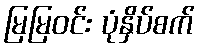
မြမြဝင်း ပုံနှိပ်စက်